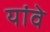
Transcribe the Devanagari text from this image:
यांवे